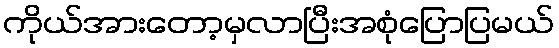
ကိုယ်အားတော့မှလာပြီးအစုံပြောပြမယ်